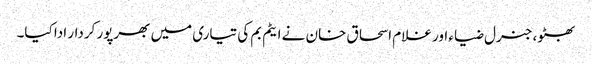
بھٹو، جنرل ضیاء اور غلام اسحاق خان نے ایٹم بم کی تیاری میں بھرپور کردار ادا کیا۔